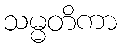
သမ္မတိကာ